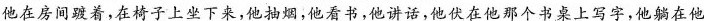
他在房间踱着，在椅子上下来，他抽烟，他看书，他讲话，他伏在他那个书桌上写字，他躺在他